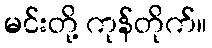
မင်းတို့ ကုန်တိုက်။